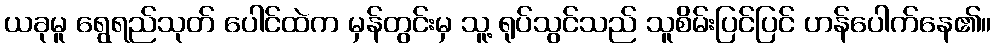
ယခုမူ ရွေရည်သုတ် ပေါင်ထဲက မှန်တွင်းမှ သူ့ ရုပ်သွင်သည် သူစိမ်းပြင်ပြင် ဟန်ပေါက်နေ၏။